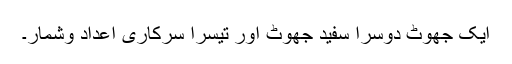
ایک جھوٹ دوسرا سفید جھوٹ اور تیسرا سرکاری اعداد وشمار۔